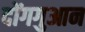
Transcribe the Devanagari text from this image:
दोंगगुआन